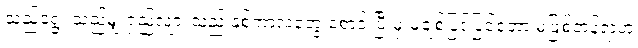
သည်ရွေ့ သည်မျှ ရှည်လျားသည့် နှစ်ကာလတွေ စောင့် ပြီးမှ မချစ်ပြင်ပြင်တော့ မဖြစ်တန်ရာဟု